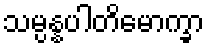
သမ္ပန္နပါတိမောက္ခာ